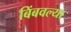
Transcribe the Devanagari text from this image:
बिंबवल्या